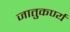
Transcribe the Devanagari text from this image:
जातुकर्ण्य